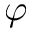
\varphi